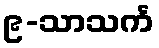
၉-သာသင်္က